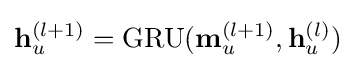
\mathbf {h} _{u}^{(l+1)}={\text{GRU}}(\mathbf {m} _{u}^{(l+1)},\mathbf {h} _{u}^{(l)})